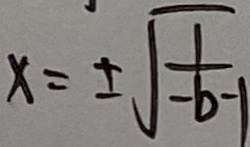
x = \pm \sqrt { \frac { 1 } { - b - 1 } }